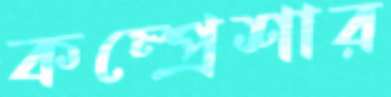
কম্প্রেশার